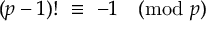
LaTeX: ( p - 1 ) ! \ \equiv \ - 1 { \pmod { p } }